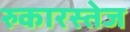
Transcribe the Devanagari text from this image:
रुकारस्तेज